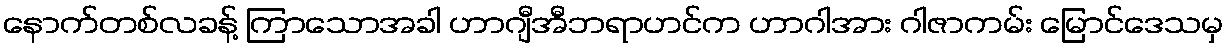
နောက်တစ်လခန့် ကြာသောအခါ ဟာဂျီအီဘရာဟင်က ဟာဂါအား ဂါဇာကမ်း မြောင်ဒေသမှ